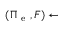
( \Pi _ { \mathrm { ~ e ~ } } , F ) \gets